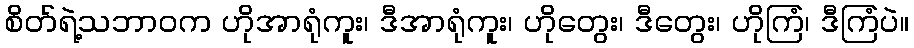
စိတ်ရဲ့သဘာဝက ဟိုအာရုံကူး၊ ဒီအာရုံကူး၊ ဟိုတွေး၊ ဒီတွေး၊ ဟိုကြံ၊ ဒီကြံပဲ။